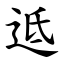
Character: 䢑